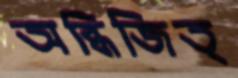
অব্ধিজিত্